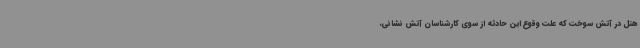
هتل در آتش‌ سوخت که علت وقوع این حادثه از سوی کارشناسان آتش نشانی،